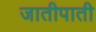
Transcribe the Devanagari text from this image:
जातीपाती